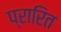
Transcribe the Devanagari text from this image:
प्रारित